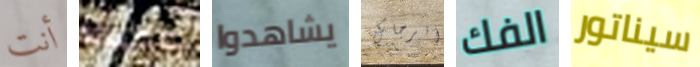
أنت عميقا يشاهدوا أترجاك الفك سيناتور